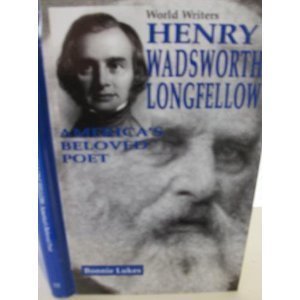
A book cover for Henry Wadsworth Longfellow: America's Beloved Poet (World Writers: American Originals); Bonnie Lukes; Teen & Young Adult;